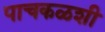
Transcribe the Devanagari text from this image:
पाचकळशी